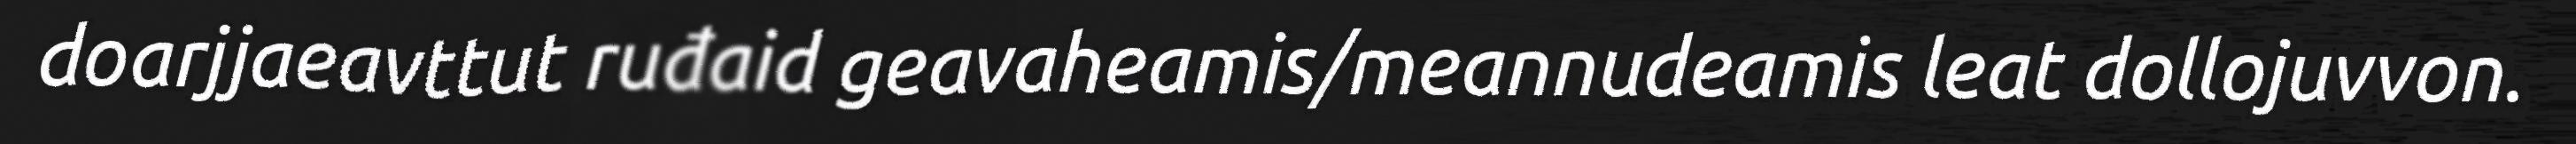
doarjjaeavttut ruđaid geavaheamis/meannudeamis leat dollojuvvon.